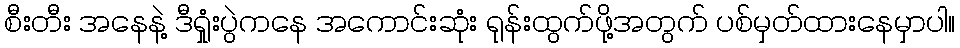
စီးတီး အနေနဲ့ ဒီရှုံးပွဲကနေ အကောင်းဆုံး ရုန်းထွက်ဖို့အတွက် ပစ်မှတ်ထားနေမှာပါ။